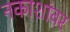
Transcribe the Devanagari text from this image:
नकाशांवर